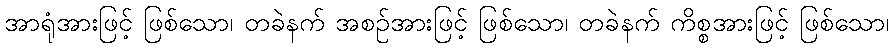
အာရုံအားဖြင့် ဖြစ်သော၊ တခဲနက် အစဉ်အားဖြင့် ဖြစ်သော၊ တခဲနက် ကိစ္စအားဖြင့် ဖြစ်သော၊